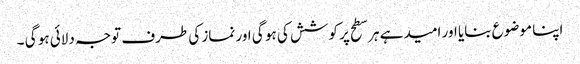
اپنا موضوع بنایا اور امید ہے ہر سطح پر کوشش کی ہو گی اور نماز کی طرف توجہ دلائی ہو گی ۔